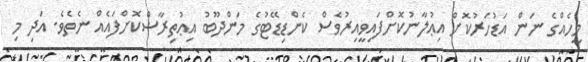
މީހެއްގެ ނަން އަޑުހަރުކޮށް އިޢުލާނުކޮށްފައިވީއިރުވެސް ކެންޑިޑޭޓުގެ މަންދޫބު އިޢުތިރާޟްކޮށްފައެއް ނެތެވެ. އަދި މި